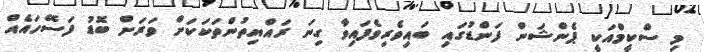
މި ސްކީމްއަކީ ޕެންޝަން ފަންޑުގައި ބައިވެރިވެފައިވާ ގިނަ ރައްޔިތުންތަކަކަށް ވަރަށް ބޮޑު ފަސޭހައެއް